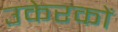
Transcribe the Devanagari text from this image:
उकेरकों